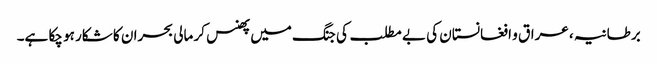
برطانیہ ، عراق و افغانستان کی بے مطلب کی جنگ میں پھنس کر مالی بحران کا شکار ہو چکا ہے۔